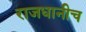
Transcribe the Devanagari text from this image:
राजधानीच